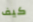
كيف